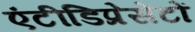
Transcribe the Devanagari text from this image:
एंटीडिप्रेसेंटों